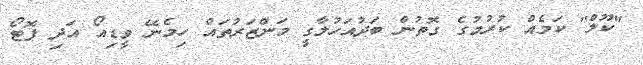
"ކޫލް" ކަމެއް ކުރުމުގެ ގޮތުން ބަދުއަހުލާގީ މަންޒަރުތައް ހިމެނޭ ވީޑިއޯ އަދި ފޮޓޯ